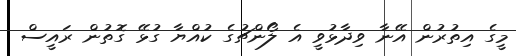
މީގެ އިތުރުން އޭނާ ވިދާޅުވީ އެ ލޯންޗުގެ ކުއްޔާ ގުޅޭ ގޮތުން ރައީސް